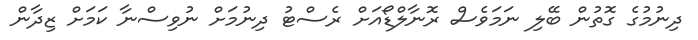
ދިނުމުގެ ގޮތުން ބޭލި ނަމަވެސް ރޮނާލްޑޯއަށް ރެސްޓު ދިނުމަށް ނުވިސްނާ ކަމަށް ޒިދާން